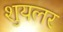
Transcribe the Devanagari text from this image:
शुयलर